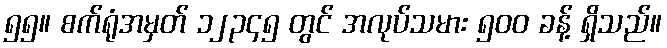
၅၅။ စက်ရုံအမှတ် ၁၂၃၄၅ တွင် အလုပ်သမား ၅၀၀ ခန့် ရှိသည်။